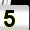
Digit: 5